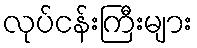
လုပ်ငန်းကြီးများ